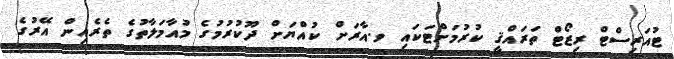
ޓުއަރިސްޓް ރިޒޯޓް ތަރައްޤީ ކުރުމަށްޓަކައި ވ.އާރަށް ކުއްޔަށް ދޫކުރުމުގެ މުއާމަލާތުގެ ތެރެއިން އޭރުގެ